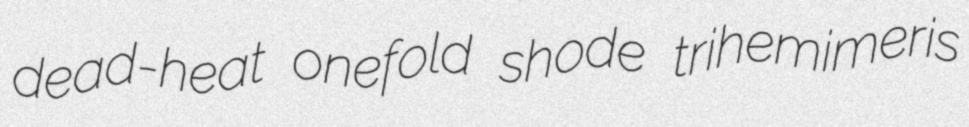
dead-heat onefold shode trihemimeris